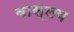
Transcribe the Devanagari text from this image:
वास्लव